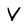
Character: V